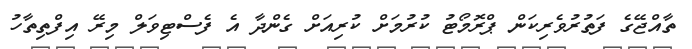
ތާއްޖޭގެ ފަތުރުވެރިކަން ޕްރޮމޯޓު ކުރުމަށް ކުރިއަށް ގެންދާ އެ ފެސްޓިވަލް މިރޭ އިފްތިތާހު